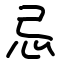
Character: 忌